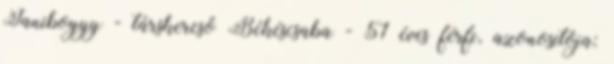
Janiboyyy - társkereső Békéscsaba - 51 éves férfi, azonosítója: